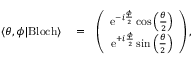
\begin{array} { r l r } { \langle \theta , \phi | \mathrm { B l o c h } \rangle } & { { } = } & { \left( \begin{array} { c } { \mathrm { e } ^ { - i \frac { \phi } { 2 } } \cos \left( \frac { \theta } { 2 } \right) } \\ { \mathrm { e } ^ { + i \frac { \phi } { 2 } } \sin \left( \frac { \theta } { 2 } \right) } \end{array} \right) , } \end{array}